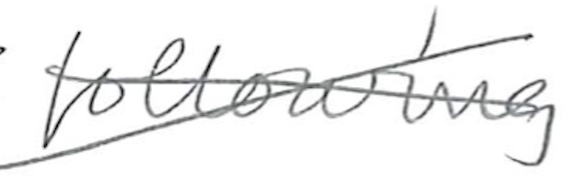
Text: following
Cross-out: cross
Writing tool: pencil